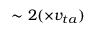
\sim 2 ( \times v _ { t a } )